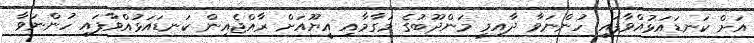
އަށް ކަނޑައަޅުއްވާފައި ހުންނަވާ ދާއިމީ މަންދޫބުގެ މަގާމާއި އީޔޫއަށް ރާއްޖެއިން ކަނޑައަޅުއްވާފައި ހުންނަވާ